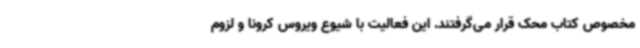
مخصوص کتاب محک قرار می‌گرفتند. این فعالیت با شیوع ویروس کرونا و لزوم